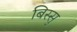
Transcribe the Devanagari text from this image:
बिस्सु